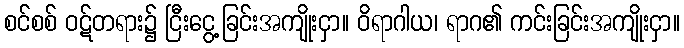
စင်စစ် ဝဋ်တရား၌ ငြီးငွေ့ခြင်းအကျိုးငှာ။ ဝိရာဂါယ၊ ရာဂ၏ ကင်းခြင်းအကျိုးငှာ။